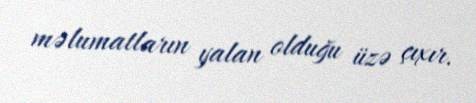
məlumatların yalan olduğu üzə çıxır.